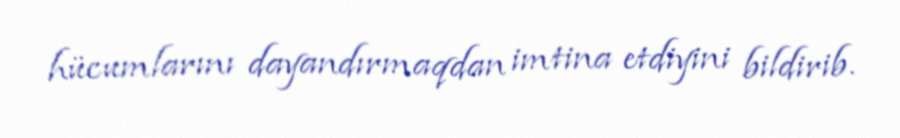
hücumlarını dayandırmaqdan imtina etdiyini bildirib.